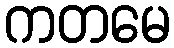
ကတမေ